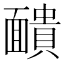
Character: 靧